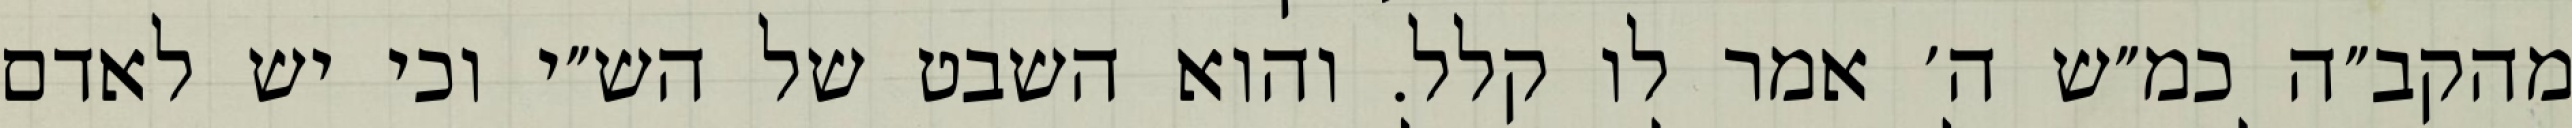
מהקב״ה כמ״ש ה׳ אמר לו קלל. והוא השבט של הש״י וכי יש לאדם